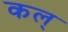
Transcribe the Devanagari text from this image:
कल्